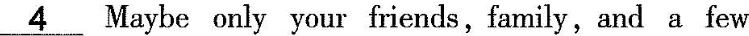
\underline{4} Maybe only your friends,family,and a few